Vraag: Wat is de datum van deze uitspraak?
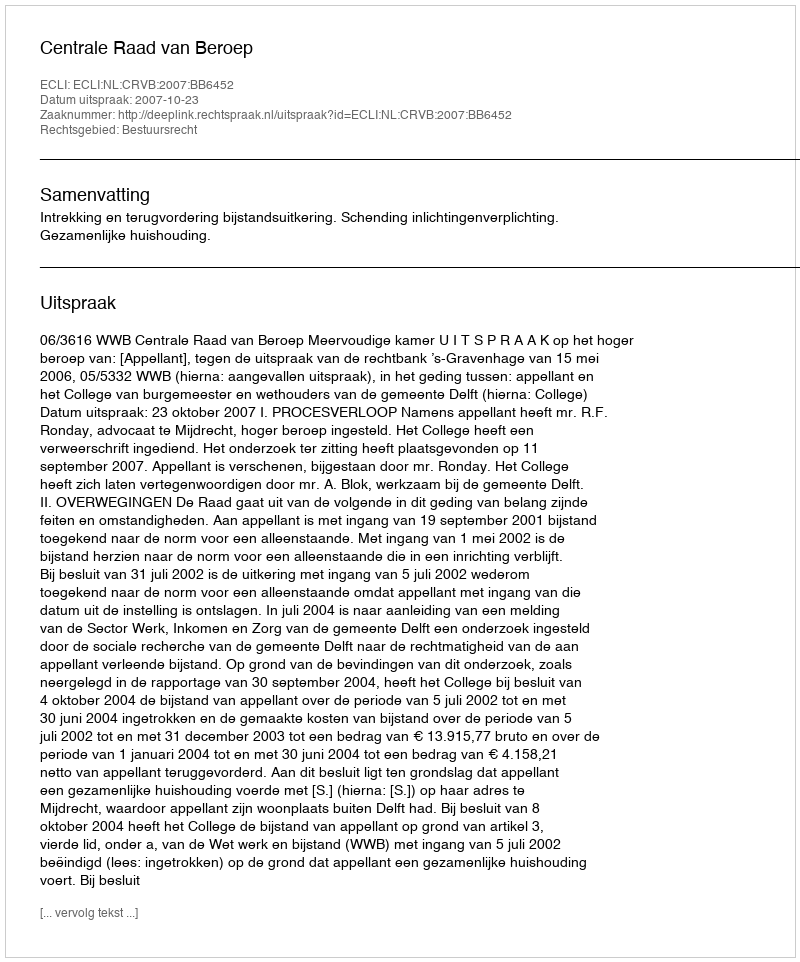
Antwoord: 2007-10-23